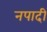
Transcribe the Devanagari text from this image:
नपादी